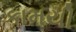
કામયી